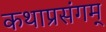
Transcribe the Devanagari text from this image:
कथाप्रसंगम्